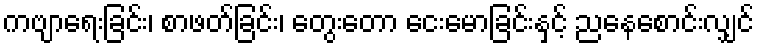
ကဗျာရေးခြင်း၊ စာဖတ်ခြင်း၊ တွေးတော ငေးမောခြင်းနှင့် ညနေစောင်းလျှင်